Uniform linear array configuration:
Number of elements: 32
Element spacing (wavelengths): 0.5
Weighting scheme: cosine
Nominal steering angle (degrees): -30
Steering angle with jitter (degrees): -30.655
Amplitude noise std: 0.05
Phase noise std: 0.05

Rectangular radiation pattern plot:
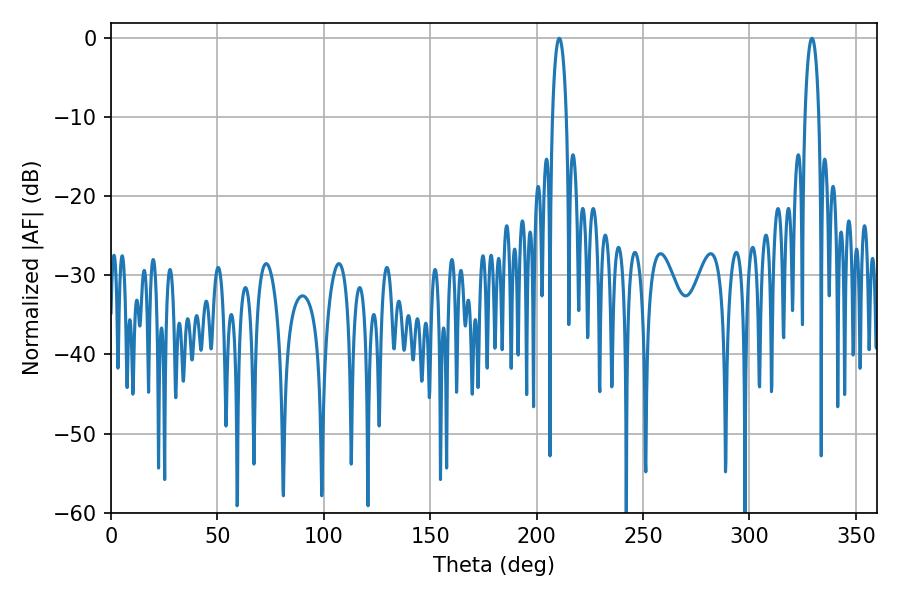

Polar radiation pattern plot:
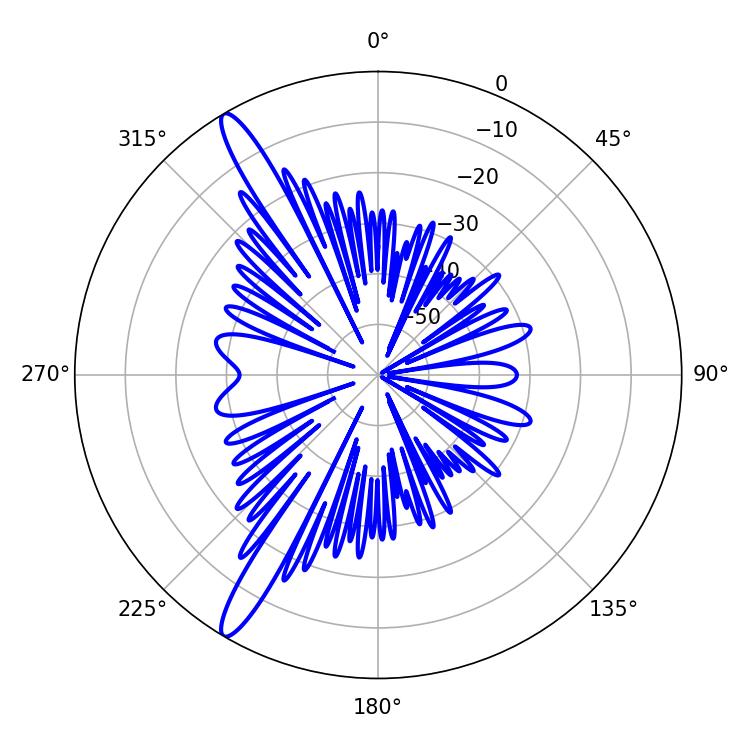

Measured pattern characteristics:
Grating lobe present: FALSE
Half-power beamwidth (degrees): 3.6
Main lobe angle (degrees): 210.6